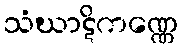
သံဃာဋိကဏ္ဏေ